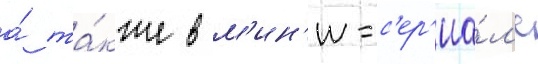
а́ та́кже в м'ин'и-с'ер'иа́л'е